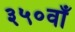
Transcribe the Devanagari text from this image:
३५०वाँ